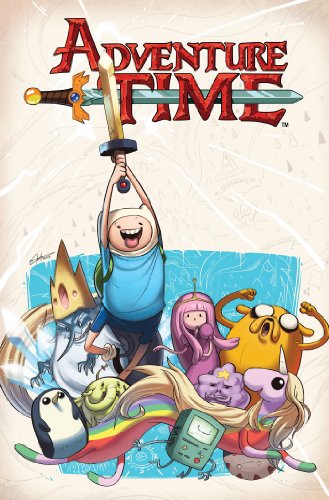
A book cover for Adventure Time Vol. 3; Ryan North; Children's Books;